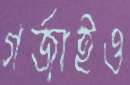
গর্জাইও